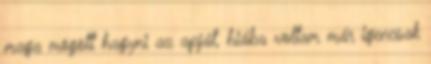
maga mögött hagyni az apját, hiába voltam már igencsak